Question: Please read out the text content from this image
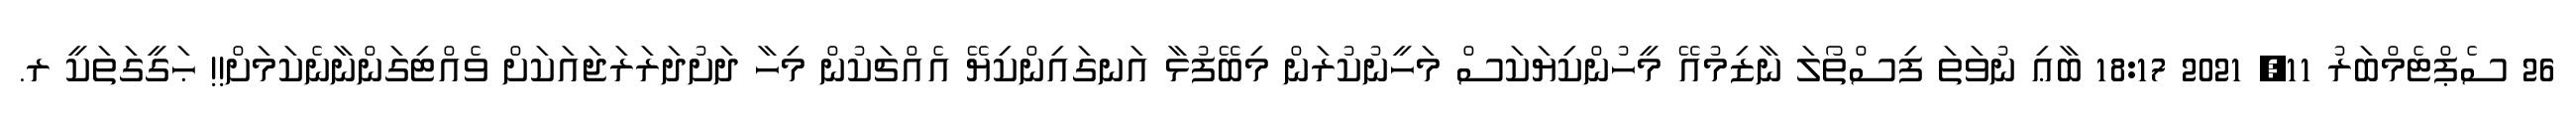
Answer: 26 ސެޕްޓެމްބަރު 11, 2021 18:17 ބާޢި ނުވަތަ ފިސްތޯލަ ނާޒިމުއޭ މީހުންކިޔަކަސް މަހީނުކުރަން މިބޭފުޅާ އަނގައިންކިޔޭ އެއްޗަކުން މިހާ ދަށުދަރަރަޖައަކަށް ވެއްޓިގަންނާނެކަމަށް!! ޙަގީގަތަކީ ރ.